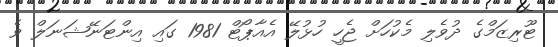
ޓޫރިޒަމްގެ ދުވެލި މެކުހަށް ޖެހީ ހުޅުލޭ އެއާޕޯޓް 1981 ގައި އިންޓަނޭޝަނަލް ވެ